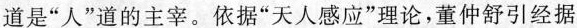
道是”人”道的主宰。依据”天人感应”理论，董仲舒引经据